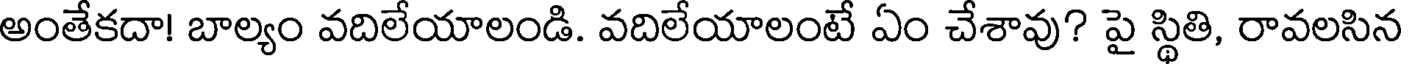
అంతేకదా! బాల్యం వదిలేయాలండి. వదిలేయాలంటే ఏం చేశావు? పై స్థితి, రావలసిన